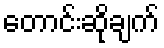
တောင်းဆိုချက်